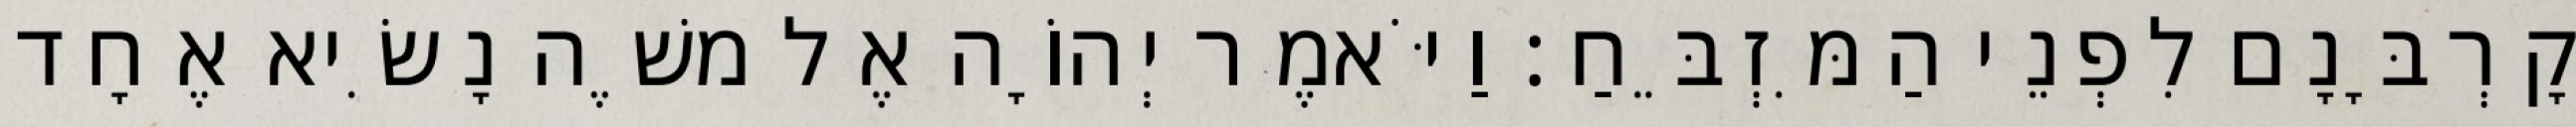
קָרְבָּנָם לִפְנֵי הַמִּזְבֵּחַ׃ וַיֹּאמֶר יְהוָֹה אֶל משֶׁה נָשִׂיא אֶחָד